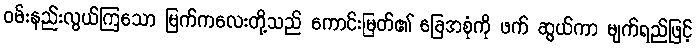
ဝမ်းနည်းလွယ်ကြသော မြက်ကလေးတို့သည် ကောင်းမြတ်၏ ခြေအစုံကို ဖက် ဆွယ်ကာ မျက်ရည်ဖြင့်